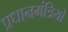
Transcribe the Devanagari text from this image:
प्रधानमंत्रियो